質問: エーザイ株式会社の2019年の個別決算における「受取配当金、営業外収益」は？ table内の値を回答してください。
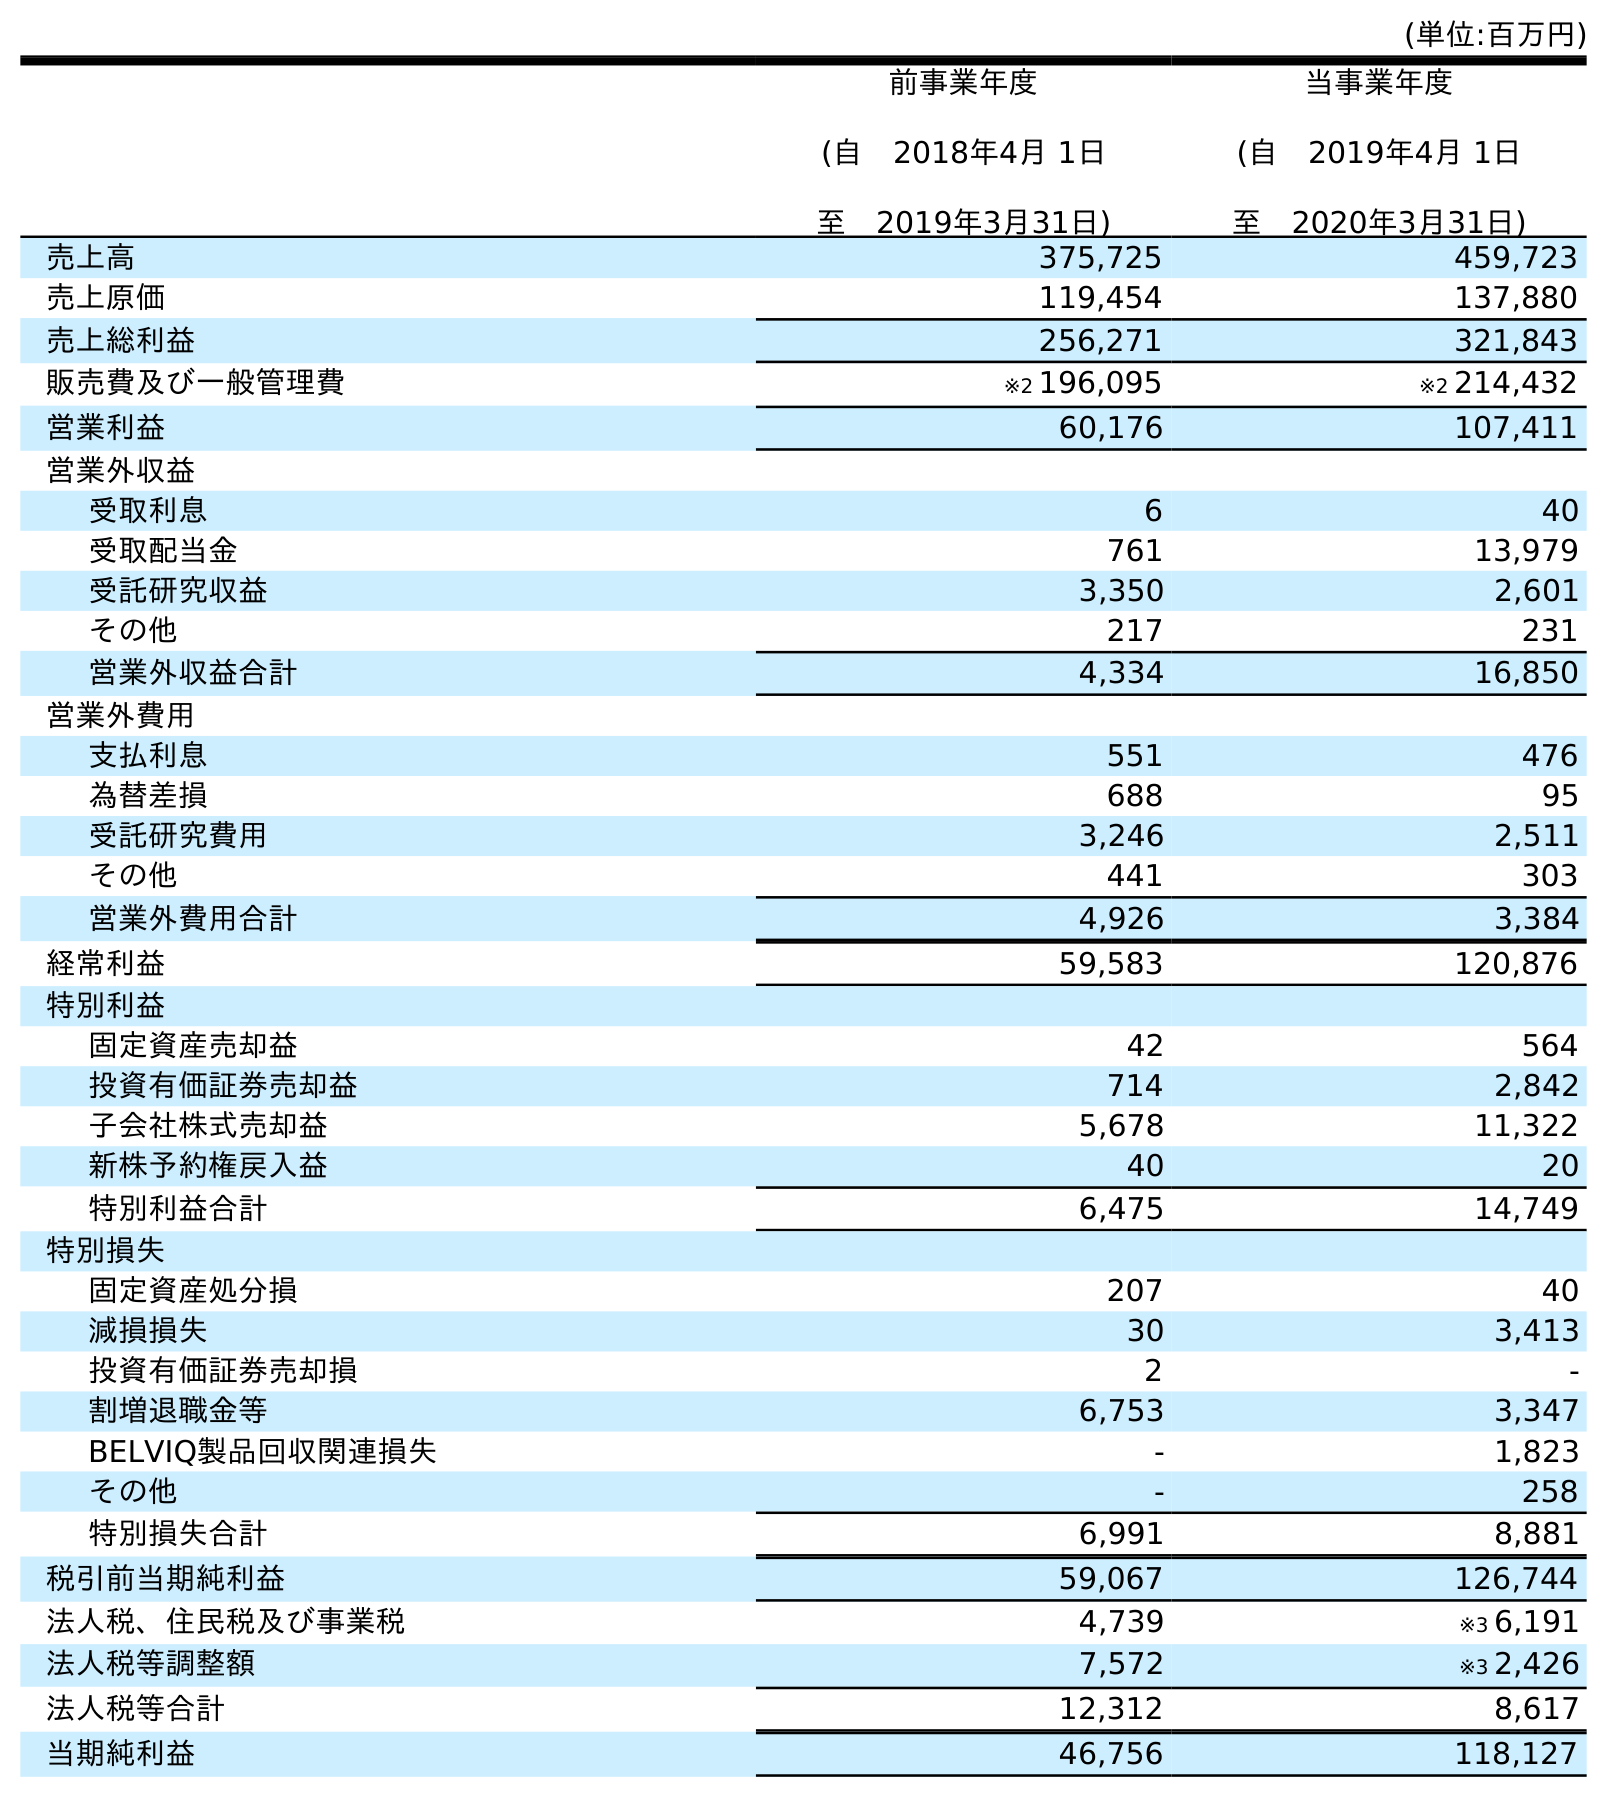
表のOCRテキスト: (単位:百万円) 前事業年度 (自 2018年4月 1日 至 2019年3月31日) 当事業年度 (自 2019年4月 1日 至 2020年3月31日) 売上高 375,725 459,723 売上原価 119,454 137,880 売上総利益 256,271 321,843 販売費及び一般管理費 ※2 196,095 ※2 214,432 営業利益 60,176 107,411 営業外収益 受取利息 6 40 受取配当金 761 13,979 受託研究収益 3,350 2,601 その他 217 231 営業外収益合計 4,334 16,850 営業外費用 支払利息 551 476 為替差損 688 95 受託研究費用 3,246 2,511 その他 441 303 営業外費用合計 4,926 3,384 経常利益 59,583 120,876 特別利益 固定資産売却益 42 564 投資有価証券売却益 714 2,842 子会社株式売却益 5,678 11,322 新株予約権戻入益 40 20 特別利益合計 6,475 14,749 特別損失 固定資産処分損 207 40 減損損失 30 3,413 投資有価証券売却損 2 - 割増退職金等 6,753 3,347 BELVIQ製品回収関連損失 - 1,823 その他 - 258 特別損失合計 6,991 8,881 税引前当期純利益 59,067 126,744 法人税、住民税及び事業税 4,739 ※3 6,191 法人税等調整額 7,572 ※3 2,426 法人税等合計 12,312 8,617 当期純利益 46,756 118,127
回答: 761